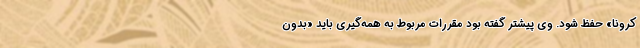
کرونا» حفظ شود. وی پیشتر گفته بود مقررات مربوط به همه‌گیری باید «بدون